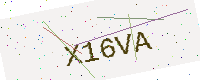
Text: X16VA